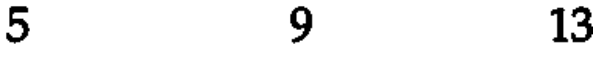
5 9 13